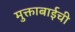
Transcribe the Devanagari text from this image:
मुक्ताबाईची